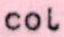
col